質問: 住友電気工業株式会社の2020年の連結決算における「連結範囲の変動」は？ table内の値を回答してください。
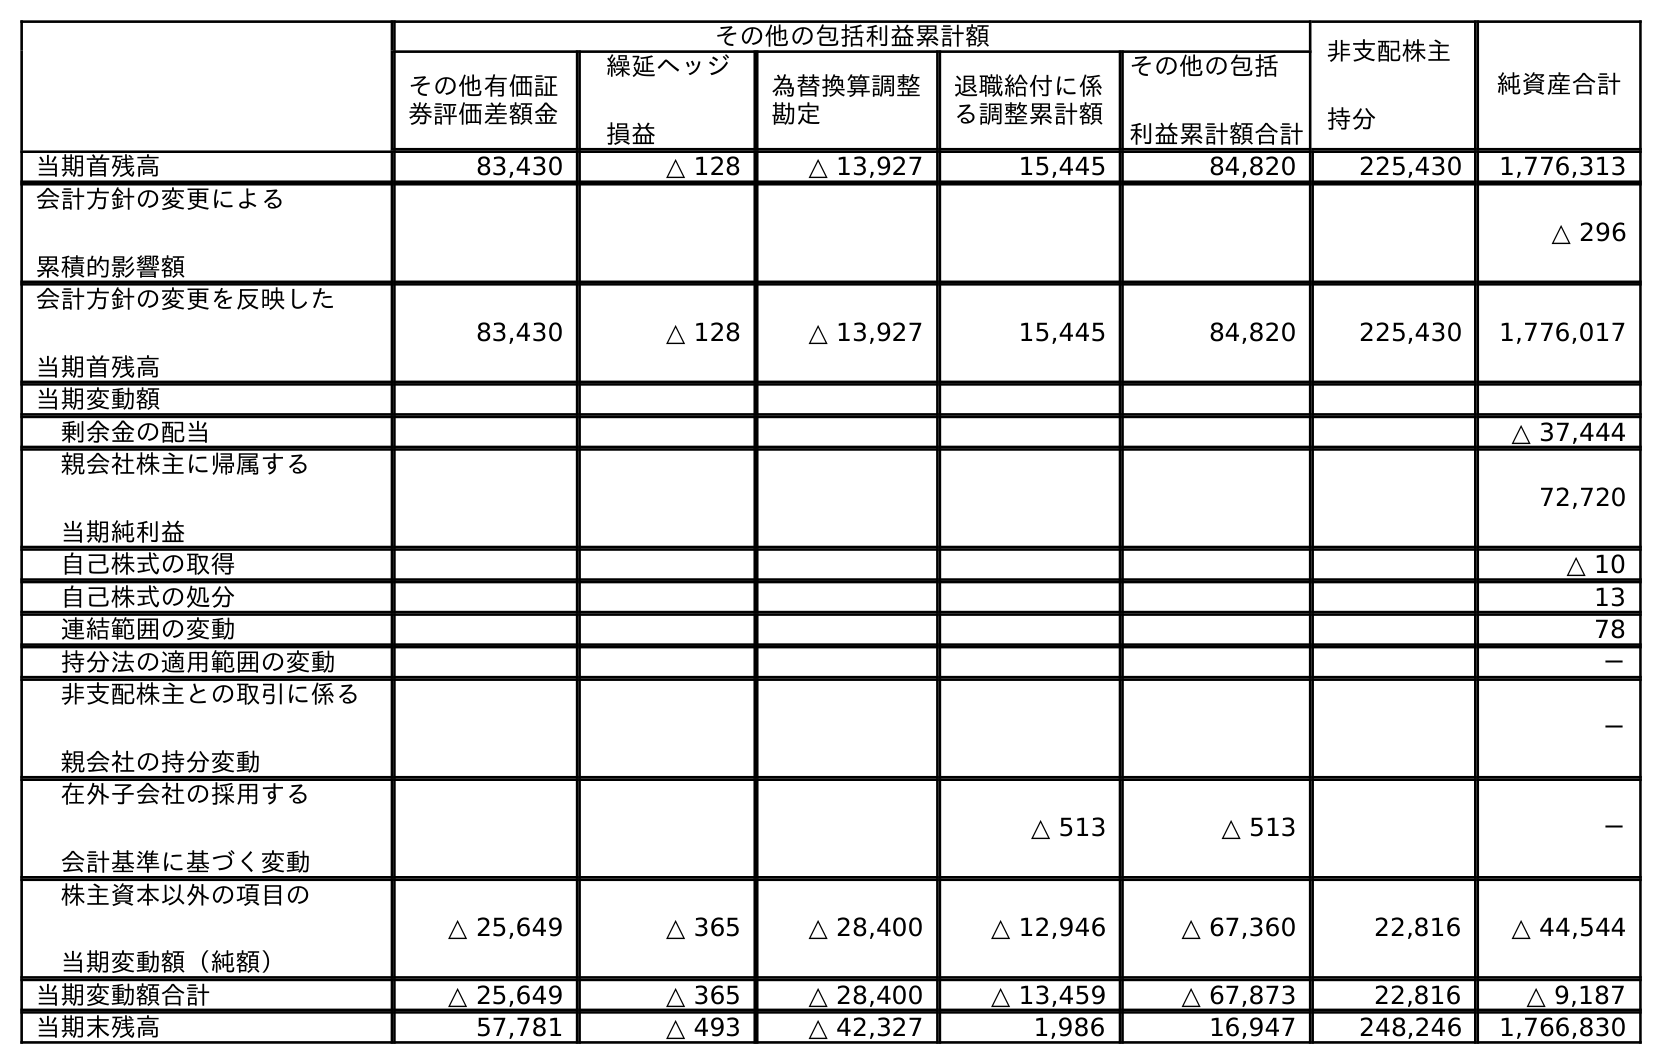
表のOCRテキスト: その他の包括利益累計額 非支配株主 持分 純資産合計 その他有価証 券評価差額金 繰延ヘッジ 損益 為替換算調整 勘定 退職給付に係 る調整累計額 その他の包括 利益累計額合計 当期首残高 83,430 △ 128 △ 13,927 15,445 84,820 225,430 1,776,313 会計方針の変更による 累積的影響額 △ 296 会計方針の変更を反映した 当期首残高 83,430 △ 128 △ 13,927 15,445 84,820 225,430 1,776,017 当期変動額 剰余金の配当 △ 37,444 親会社株主に帰属する 当期純利益 72,720 自己株式の取得 △ 10 自己株式の処分 13 連結範囲の変動 78 持分法の適用範囲の変動 － 非支配株主との取引に係る 親会社の持分変動 － 在外子会社の採用する 会計基準に基づく変動 △ 513 △ 513 － 株主資本以外の項目の 当期変動額（純額） △ 25,649 △ 365 △ 28,400 △ 12,946 △ 67,360 22,816 △ 44,544 当期変動額合計 △ 25,649 △ 365 △ 28,400 △ 13,459 △ 67,873 22,816 △ 9,187 当期末残高 57,781 △ 493 △ 42,327 1,986 16,947 248,246 1,766,830
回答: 78